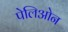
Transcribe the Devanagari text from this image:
पेलिओन